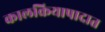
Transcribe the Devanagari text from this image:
कालक्रियापादात